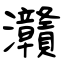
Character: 灨